38_143685_box7_Incident_Summaries_1-100
Agency: Department of War
Page 80
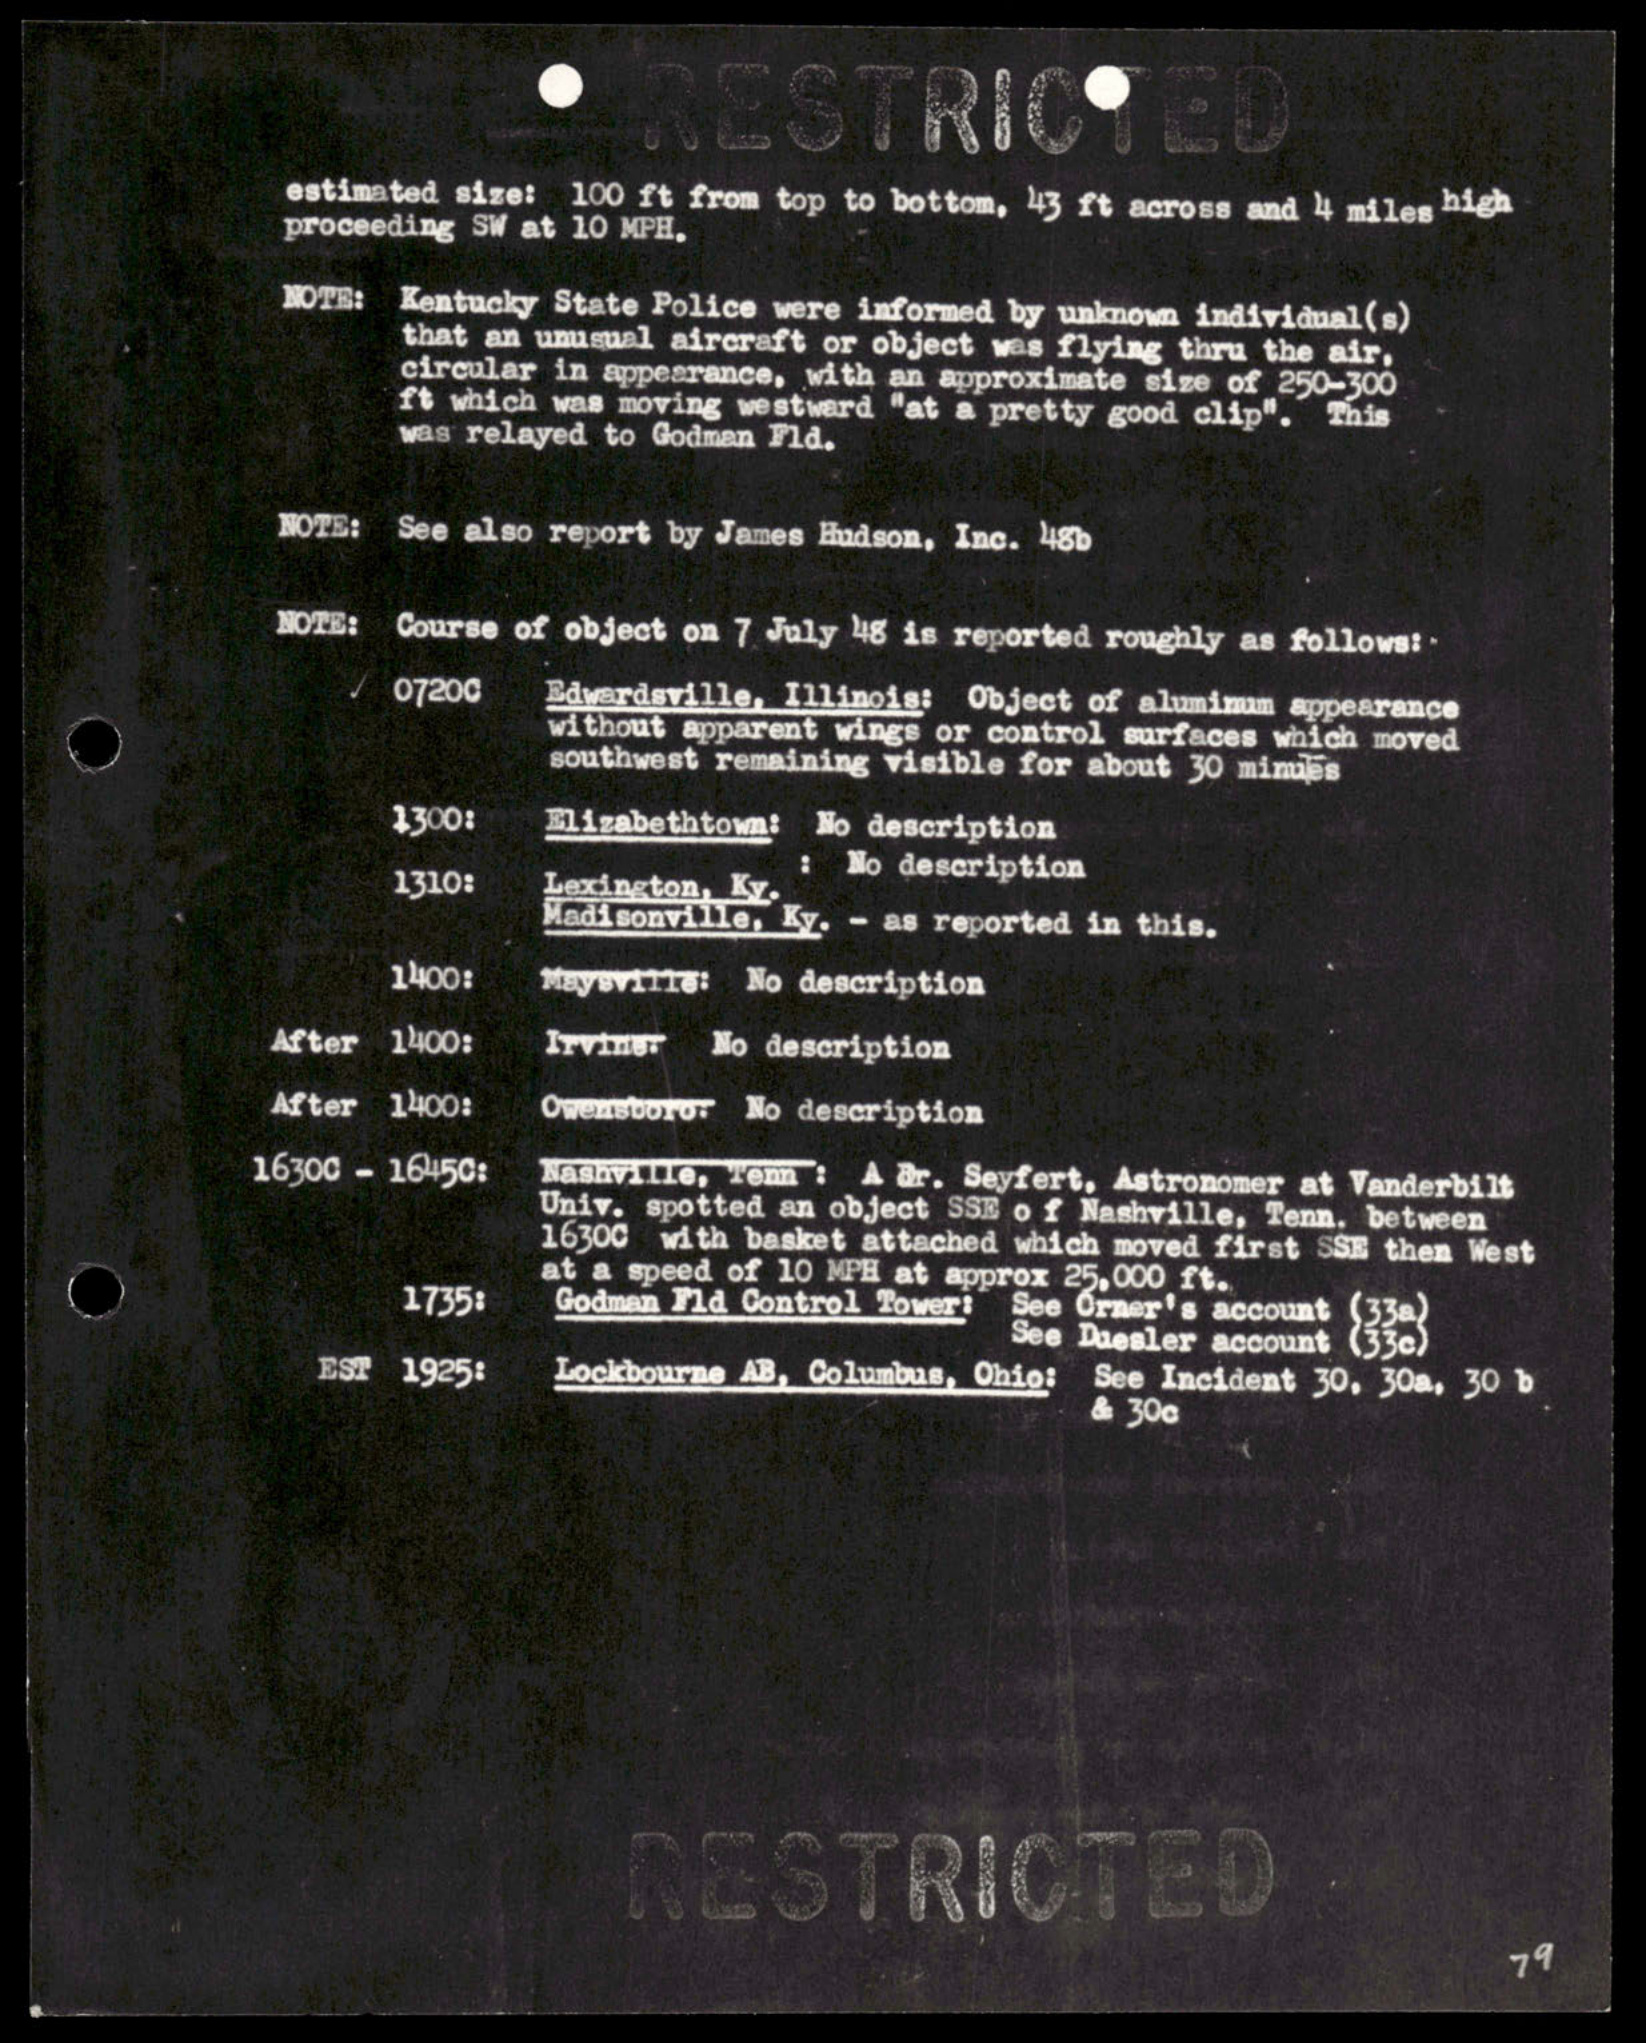